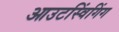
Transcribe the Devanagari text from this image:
आउटस्विंगिंग